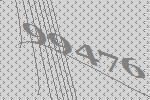
99476